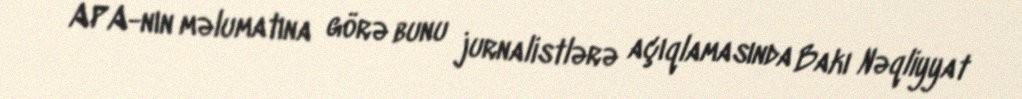
APA-nın məlumatına görə bunu jurnalistlərə açıqlamasında Bakı Nəqliyyat